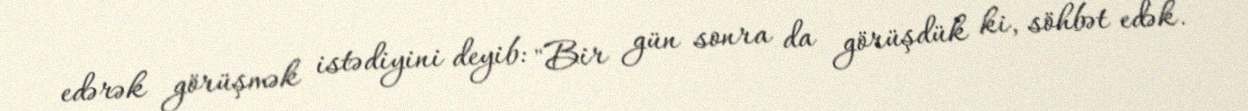
edərək görüşmək istədiyini deyib: "Bir gün sonra da görüşdük ki, söhbət edək.